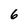
Character: 6